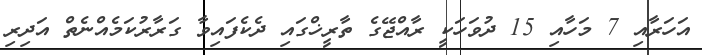
އަހަރާއި 7 މަހާއި 15 ދުވަހަކީ ރާއްޖޭގެ ތާރީޚްގައި ދެކެފައިވާ ގަރާރުކަމެއްނެތް އަދިރި